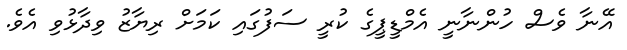
އޭނާ ވެސް ހުންނާނީ އެމްޑީޕީގެ ކުރީ ސަފުގައި ކަމަށް ރިޔާޒު ވިދާޅުވި އެވެ.